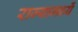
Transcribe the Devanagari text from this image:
राज्यामध्यें